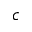
c